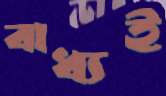
বাধ্যই